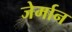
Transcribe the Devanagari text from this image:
जेर्मान